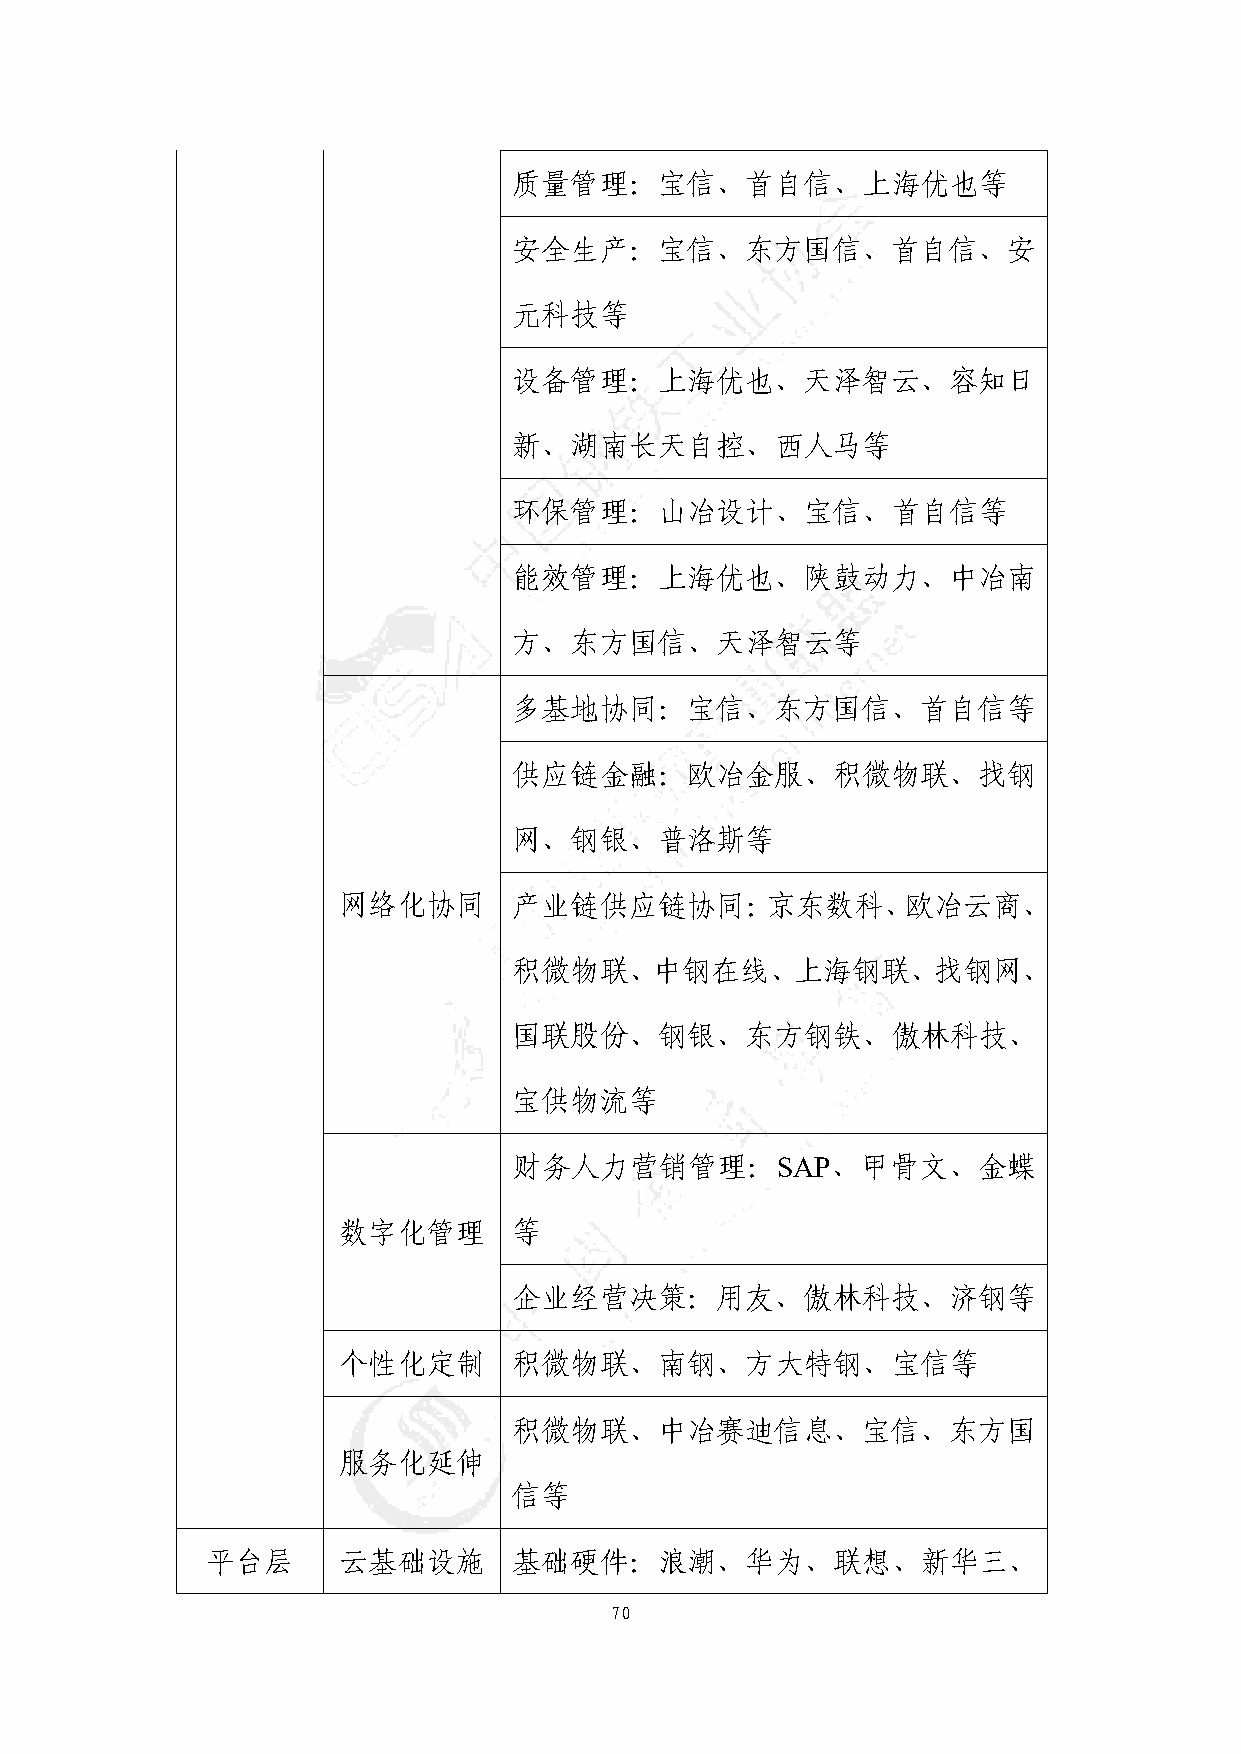
质量管理：宝信、首自信、上海优也等
 安全生产：宝信、东方国信、首自信、安
 元科技等
 设备管理：上海优也、天泽智云、容知日
 新、湖南长天自控、西人马等
 环保管理：山冶设计、宝信、首自信等
 能效管理：上海优也、陕鼓动力、中冶南
 方、东方国信、天泽智云等
 多基地协同：宝信、东方国信、首自信等
 供应链金融：欧冶金服、积微物联、找钢
 网、钢银、普洛斯等
 网络化协同       产业链供应链协同：京东数科、欧冶云商、
 积微物联、中钢在线、上海钢联、找钢网、
 国联股份、钢银、东方钢铁、傲林科技、
 宝供物流等
 财务人力营销管理：SAP、甲骨文、金蝶
 数字化管理       等
 企业经营决策：用友、傲林科技、济钢等
 个性化定制       积微物联、南钢、方大特钢、宝信等
 积微物联、中冶赛迪信息、宝信、东方国
 服务化延伸
 信等
 平台层     云基础设施       基础硬件：浪潮、华为、联想、新华三、
 70